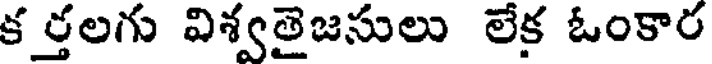
క ర్తలగు విశ్వతైజసులు లేక ఓంకార